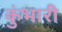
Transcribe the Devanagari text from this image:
कुंभारी